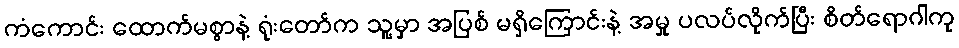
ကံကောင်း ထောက်မစွာနဲ့ ရုံးတော်က သူ့မှာ အပြစ် မရှိကြောင်းနဲ့ အမှု ပလပ်လိုက်ပြီး စိတ်ရောဂါကု